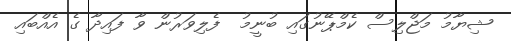
ޝިޔާމު މަޖްލިސް ކެމްޕޭނުގައި ބުނީމު  ފެލިވަރުން ވާ ފައިދާ ގެ އެއްބައި